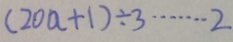
( 2 0 a + 1 ) \div 3 \cdots 2